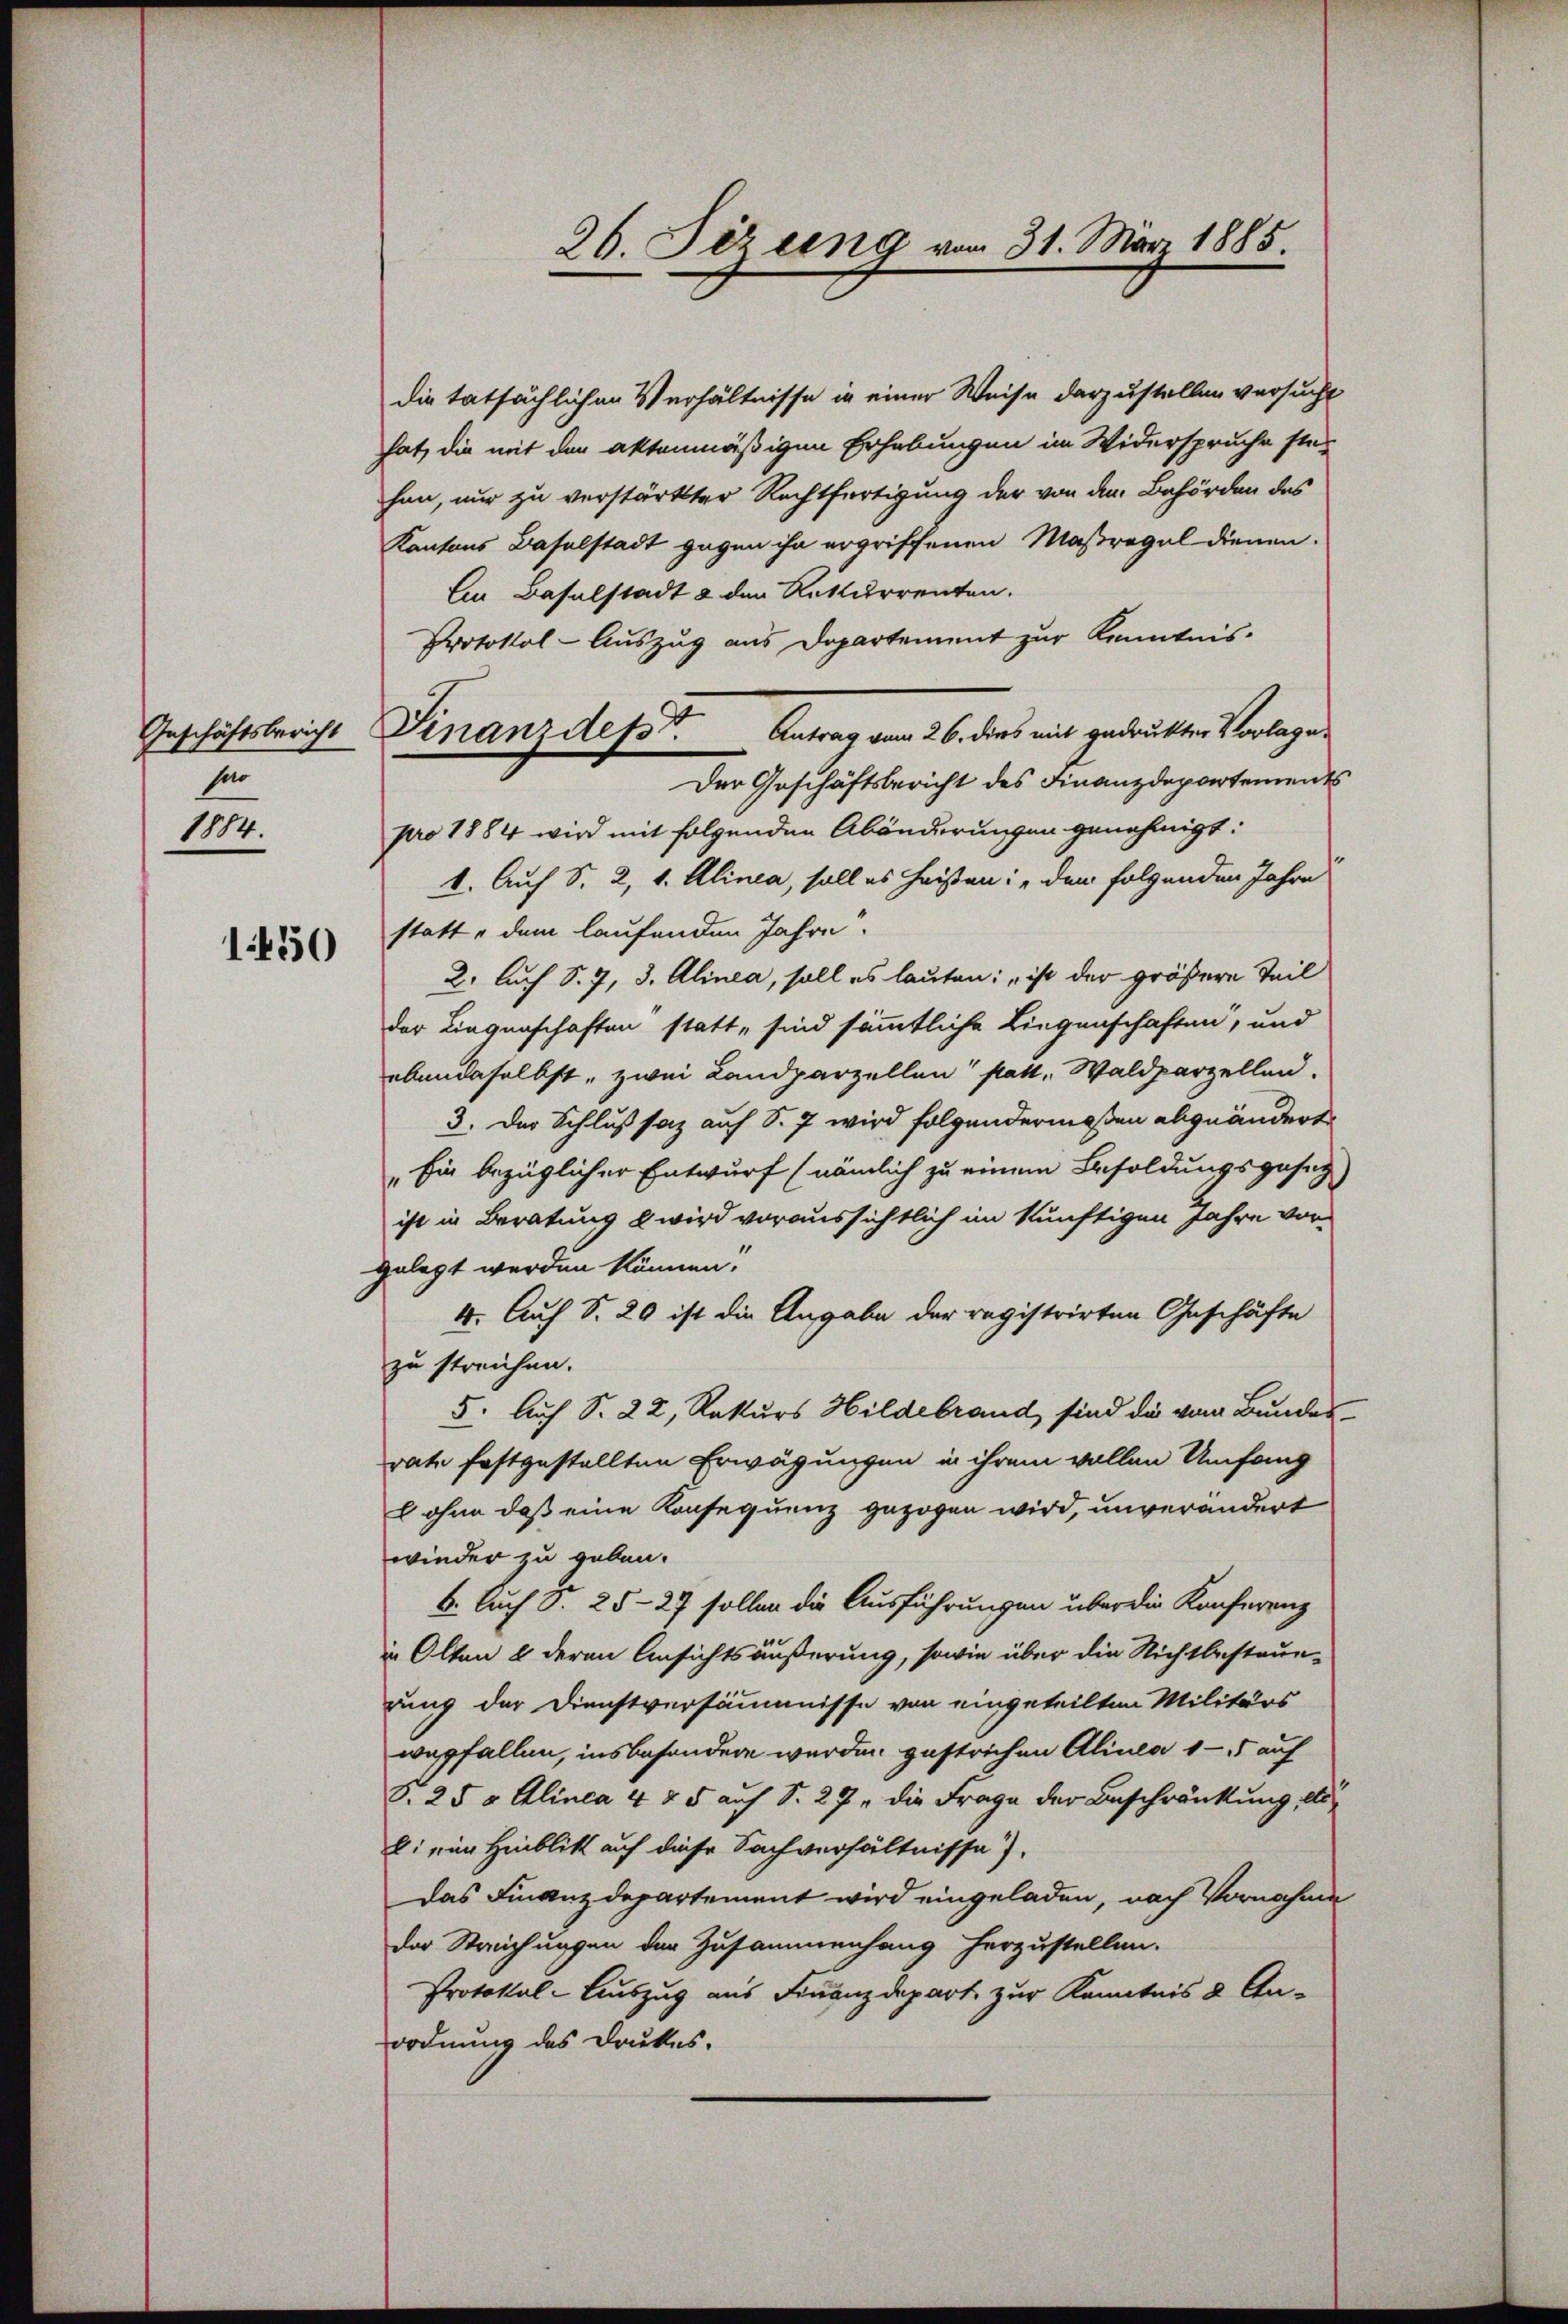
Geschäftsbericht
har
1884.

1450

Finanzdept.

die tatsächlichen Verhältnisse in einer Weise darzustellen versucht
hat, die mit den aktenmäßigen Erhebungen im Widerspruche stehen, nur zu verstärkter Rechtfertigung der von den Behörden des
Kantons Baselstadt gegen ihn ergriffenen Maßregel dienen.
Ein Baselstadt & den Rekurrenten.
Protokol-Auszug aus Departement zur Kenntnis.
Antrag vom 26. dies mit gedruckter Vorlage
Der Geschäftsbericht des Finanzdepartements
pro 1884 wird mit folgenden Abänderungen genehmigt:
1. Auf S. 2, 1. Alinea, soll es heißen: „den folgenden Jahre
statte dem laufenden Jahre.
2. Auch S. 7, 3. Alinea, soll es lauten: „ist der größere Teil
der Liegenschaften statt, sind sämmtliche Liegenschaften, und
ebendaselbst, zwei Landparzellen statt. Waldparzellen.
3. Der Schlußsaz auf S. 7 wird folgendermaßen abgeändert
„Ein bezüglicher Entwurf (nämlich zu einem Besoldungsgesetz
ist in Beratung u wird voraussichtlich im künftigen Jahre vorgelegt werden können.
4. Auf S. 29 ist die Angabe der registrirten Geschäfte
zu streichen.
5. Auch S. 22, Rekurs Hildebrand sind die vom Bundes-
rate festgestellten Erwägungen in ihrem vollen Umfang
l ohne daß eine Konsequenz gezogen wird, unverändert
wieder zu geben.
6. Auch S. 25-27 sollen die Ausführungen über die Konferenz
in Olten 8 deren Ansichtsäußerung, sowie über die Nichtbestaunrung der Dienstversäumnisse von eingeteilten Militärs
wegfallen, insbesondere werden gestrichen Alinea 1 - 15 auf
S. 25 v Alinea 4 & 5 auf S. 27. die Frage der Beschränkung, als
b. ein Hinblik auf diese Sachverhältnisse).
Das Finanzdepartement wird eingeladen, nach Vornahme
der Strechungen der Zusammenhang herzustellen.
Protokol-Auszug aus Finanzdepart zur Kenntnis 2 Anordnung des Drukes.

26. Jezung vom 31. März 1885.